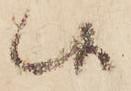
候